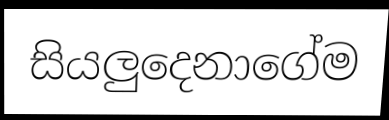
සියලුදෙනාගේම